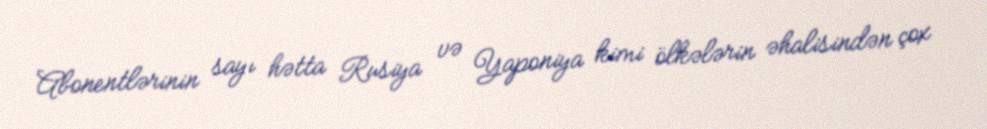
Abonentlərinin sayı hətta Rusiya və Yaponiya kimi ölkələrin əhalisindən çox